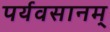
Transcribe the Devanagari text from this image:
पर्यवसानम्